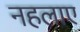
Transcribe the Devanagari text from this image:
नहलाए